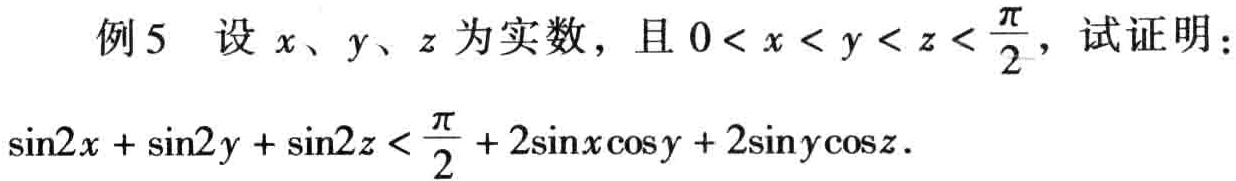
例5 设 \(x、y、z\) 为实数，且 \(0 < x < y < z < \frac{\pi}{2}\)，试证明：
\(\sin2x + \sin2y + \sin2z < \frac{\pi}{2} + 2\sin x\cos y + 2\sin y\cos z\)